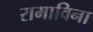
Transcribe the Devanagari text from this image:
रामाविना